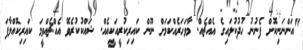
"އަންނަނިކޮށް ފެނުނު ހުދުކުލައިގެ އެއްޗެއް. މާވަހަރެއްކަމަށް ނޫން ކައިރިކުރީއަކީއެއް. ޝައްކުކުރެވޭ އެއްޗެއްވީމަ ކައިރިކޮއްލާފަ